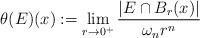
LaTeX: \begin{align*}\theta(E)(x) := \lim_{r\to0^+} \frac{|E\cap B_r(x)|}{\omega_nr^n}\end{align*}